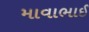
માવાભાઈ